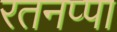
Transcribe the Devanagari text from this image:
रतनप्पा